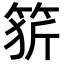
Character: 𥭦